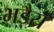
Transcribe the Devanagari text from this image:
भड़ैरा